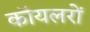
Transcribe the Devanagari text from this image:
कॉयलरों